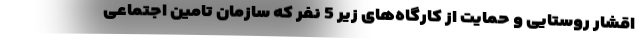
اقشار روستایی و حمایت از کارگاه‌های زیر 5 نفر که سازمان تامین اجتماعی